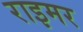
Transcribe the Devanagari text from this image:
राइमर